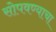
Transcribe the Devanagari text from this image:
सोपवण्याचा